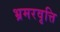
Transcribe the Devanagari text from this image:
भ्रमरवृत्ति